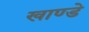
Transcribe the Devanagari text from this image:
खाण्डे